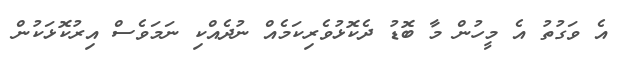
އެ ވަގުތު އެ މީހުން މާ ބޮޑު ދެކޮޅުވެރިކަމެއް ނުދެއްކި ނަމަވެސް އިރުކޮޅަކުން